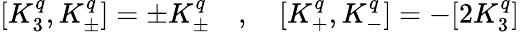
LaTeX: [K_{3}^{q},K_{\pm}^{q}]=\pm K_{\pm}^{q}\quad,\quad[K_{+}^{q},K_{-}^{q}]=-[2K_{3}^{q}]